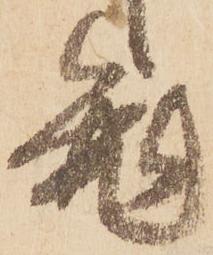
菟